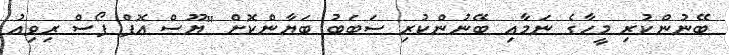
ބޭނުންކުރި މީހާގެ ނަމާއި ބޭނުންކުރި ސަބަބު ބަޔާންކޮށް "ޔޫސް އޮފް ފޯސް ރިވިއު